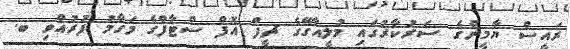
ރައީސް ޔާމީންގެ ސަރުކާރުގައި މުލީއާގޭގެ ޗީފް އޮފް ސްޓާފްގެ މަގާމު ފުރުއްވި ބ.